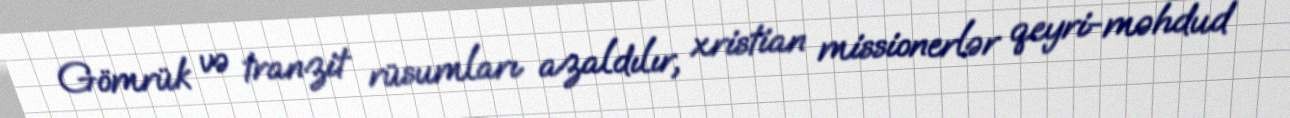
Gömrük və tranzit rüsumları azaldılır, xristian missionerlər qeyri-məhdud